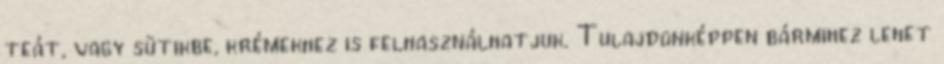
teát, vagy sütikbe, krémekhez is felhasználhatjuk. Tulajdonképpen bármihez lehet